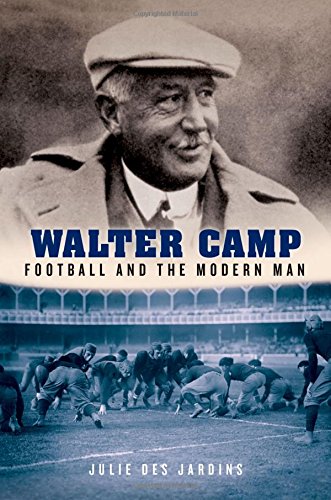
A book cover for Walter Camp: Football and the Modern Man; Julie Des Jardins; Biographies & Memoirs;